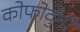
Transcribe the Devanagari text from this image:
कोफोवुनो